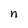
Character: n